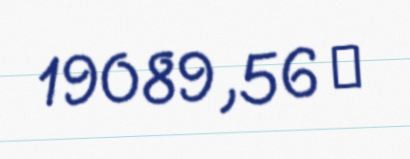
19089,56 ₼